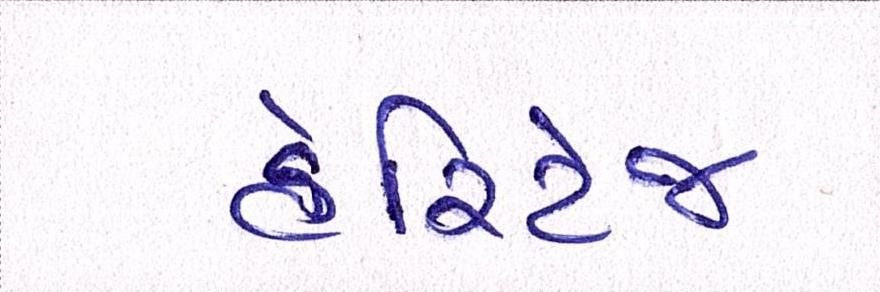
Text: હેરિટેજ